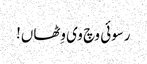
رسوئی وچ وی وِٹھاں!